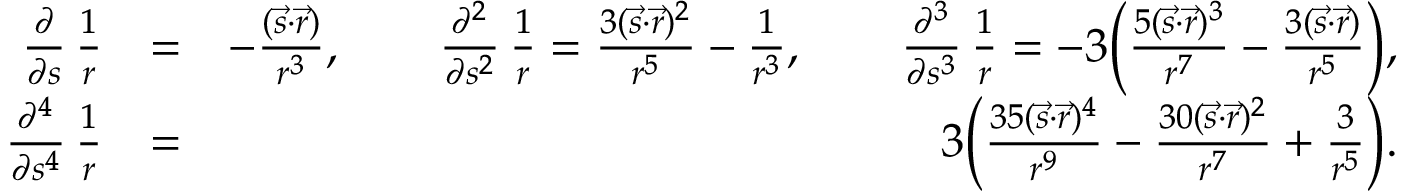
\begin{array} { r l r } { \frac { \partial } { \partial { s } } \, \frac { 1 } { r } } & { = } & { - \frac { ( { \vec { s } } \cdot { \vec { r } } ) } { r ^ { 3 } } , \qquad \frac { \partial ^ { 2 } } { \partial { s } ^ { 2 } } \, \frac { 1 } { r } = \frac { 3 ( { \vec { s } } \cdot { \vec { r } } ) ^ { 2 } } { r ^ { 5 } } - \frac { 1 } { r ^ { 3 } } , \qquad \frac { \partial ^ { 3 } } { \partial { s } ^ { 3 } } \, \frac { 1 } { r } = - 3 \Big ( \frac { 5 ( { \vec { s } } \cdot { \vec { r } } ) ^ { 3 } } { r ^ { 7 } } - \frac { 3 ( { \vec { s } } \cdot { \vec { r } } ) } { r ^ { 5 } } \Big ) , } \\ { \frac { \partial ^ { 4 } } { \partial { s ^ { 4 } } } \, \frac { 1 } { r } } & { = } & { 3 \Big ( \frac { 3 5 ( { \vec { s } } \cdot { \vec { r } } ) ^ { 4 } } { r ^ { 9 } } - \frac { 3 0 ( { \vec { s } } \cdot { \vec { r } } ) ^ { 2 } } { r ^ { 7 } } + \frac { 3 } { r ^ { 5 } } \Big ) . } \end{array}